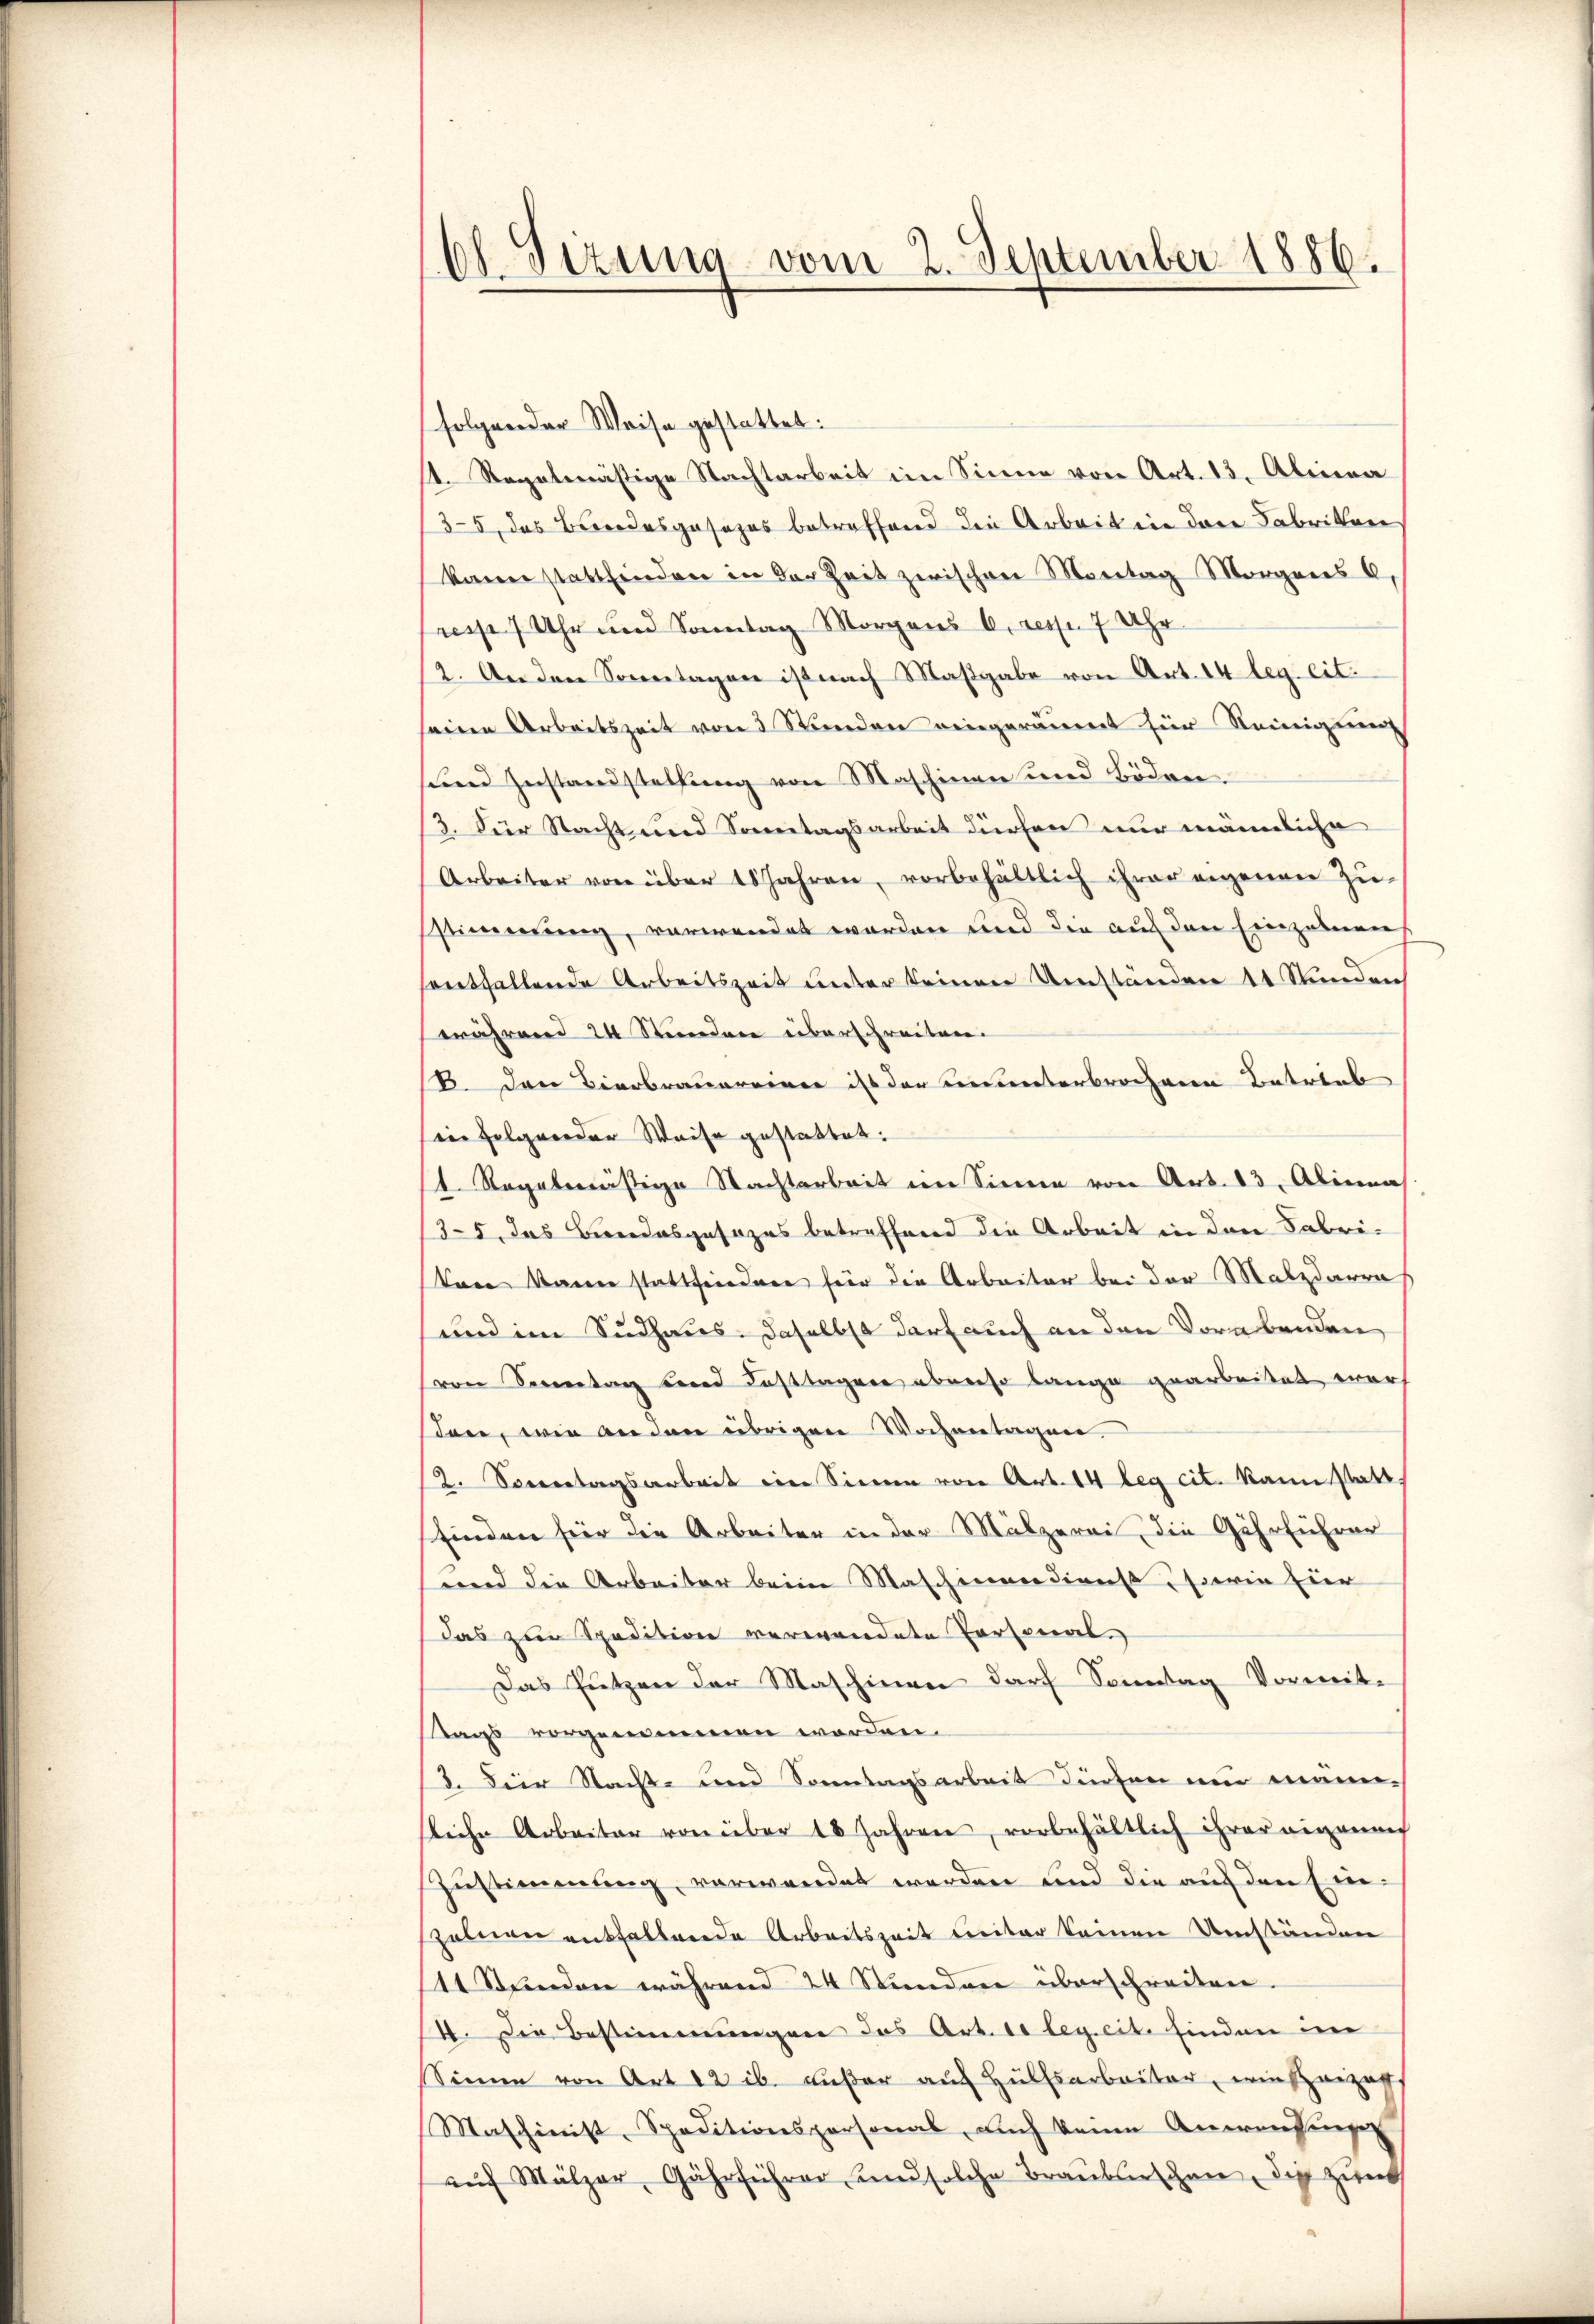
0
sizung vom 2. September 1886.

folgender Weise gestattet:
1. Regelmässige Nachtarbeit im Sinne von Art. 13. Alina
(35, das Brodesgesezes betreffend die Arbeit ein der Fabrikon
kann stattfinden in der Zeit zwischen Montag Morgens C.
resse 7 Uhr und Sonntag Morgens 6. resp. 7 Uhr
2. Anden Sonntagen ist nach Maßgabe von Art. 14 leg. eit.
seine Arbeitszeit von 5 Stunden eingeräumt für Steinigung
sund Zustandstellung von Maschinen und Böden.
13. Für Stacht und Sonntagsarbeit dürfen nur männliche
Arbeiter von über 18 Jahren, vorbehältlich ihrer eigenen Zu-
stimmung, verwendet worden und die auf den Einzuberen,
sentfallende Arbeitszeit unter keinen Umständen 11 Stunden
während 24 Stunden überschreiten.
B. Den Bierbrauereiner ist der ununterbrochenen Betrieb
sin folgender Weise gestattet.
1. Regalerstria Nachtarbeit im Sinne von Art. 13. Alinas
35, das Bundesgesezes betreffend die Arbeit in den Fabrikane kann stattfriederen für die Arbeiter bei der Malzdarra
und im Sudhaus. daselbst darf auch an den Vorabenden
von Sonntag und Fasttagen aber so lange gearbeitet werf
den, wie anden übrigen Wochentagen
2. Severtagsarbeit ein Sinne von Art. 14 leg cit. kann statt.
finden für die Arbeiter in der Malzerei, die Gehrführer
und die Arbeiter beim Maschinendienst, sowie hier
das zur Spedition verwendete Personal.
Das Putzen der Maschinen darf Sonntag Vormit¬
Sags vorgenommen worden.
3. Der Nacht- und Sonntagsarbeit dürfen und männ-
liche Arbeiter von über 18 Jahren, vorbehältlich ihrer eigerung
Zustimmung, vorwandet werden und die auf den Einszelnen entfallende Arbeitszeit miter keinen Umständen
11 Stŭnden während 24 Stunden überschreiten.
I. Die Bestimmungen das Art. telegeit finden in
Sinne von Art 12 ib. außer auf Hülfsarbeiter, einscheizigs
Maschinist. Speditionspersonal, auch keine Anweisung
aŭch Mülzer, Gährführer und solche Braŭblischen, die zum